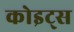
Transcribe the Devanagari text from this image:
कोइट्स